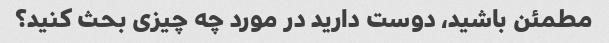
مطمئن باشید، دوست دارید در مورد چه چیزی بحث کنید؟